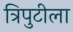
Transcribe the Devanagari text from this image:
त्रिपुटीला